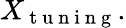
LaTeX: X_{\mathrm{~t~u~n~i~n~g~}}.